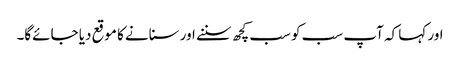
اور کہا کہ آپ سب کو سب کچھ سننے اور سنانے کا موقع دیا جائےگا۔